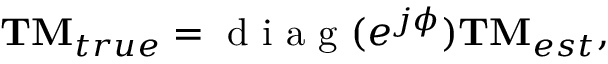
\begin{array} { r } { { \bf { T M } } _ { t r u e } = \mathrm { ~ d ~ i ~ a ~ g ~ } ( e ^ { j \phi } ) { \bf { T M } } _ { e s t } , } \end{array}